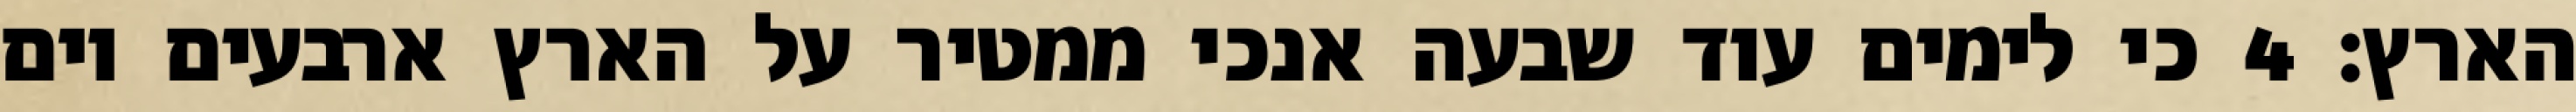
הארץ׃ ‎4‏ כי לימים עוד שבעה אנכי ממטיר על הארץ ארבעים יום